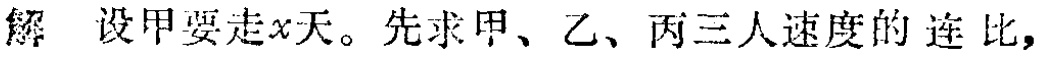
解 设甲要走\(x\)天。先求甲、乙、丙三人速度的连比，